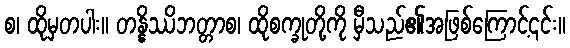
စ၊ ထိုမှတပါး။ တန္နိဿိဘတ္တာစ၊ ထိုစက္ခုတို့ကို မှီသည်၏အဖြစ်ကြောင့်၎င်း။